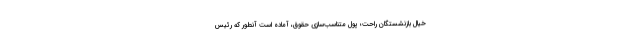
خیال بازنشستگان راحت؛ پول متناسب‌سازی حقوق، آماده است آنطور که رئیس